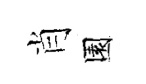
肖園